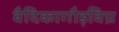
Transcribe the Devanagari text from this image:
वैदिकागौड़विप्र